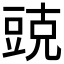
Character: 𮙓